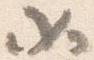
如